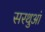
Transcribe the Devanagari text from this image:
सरथुआं